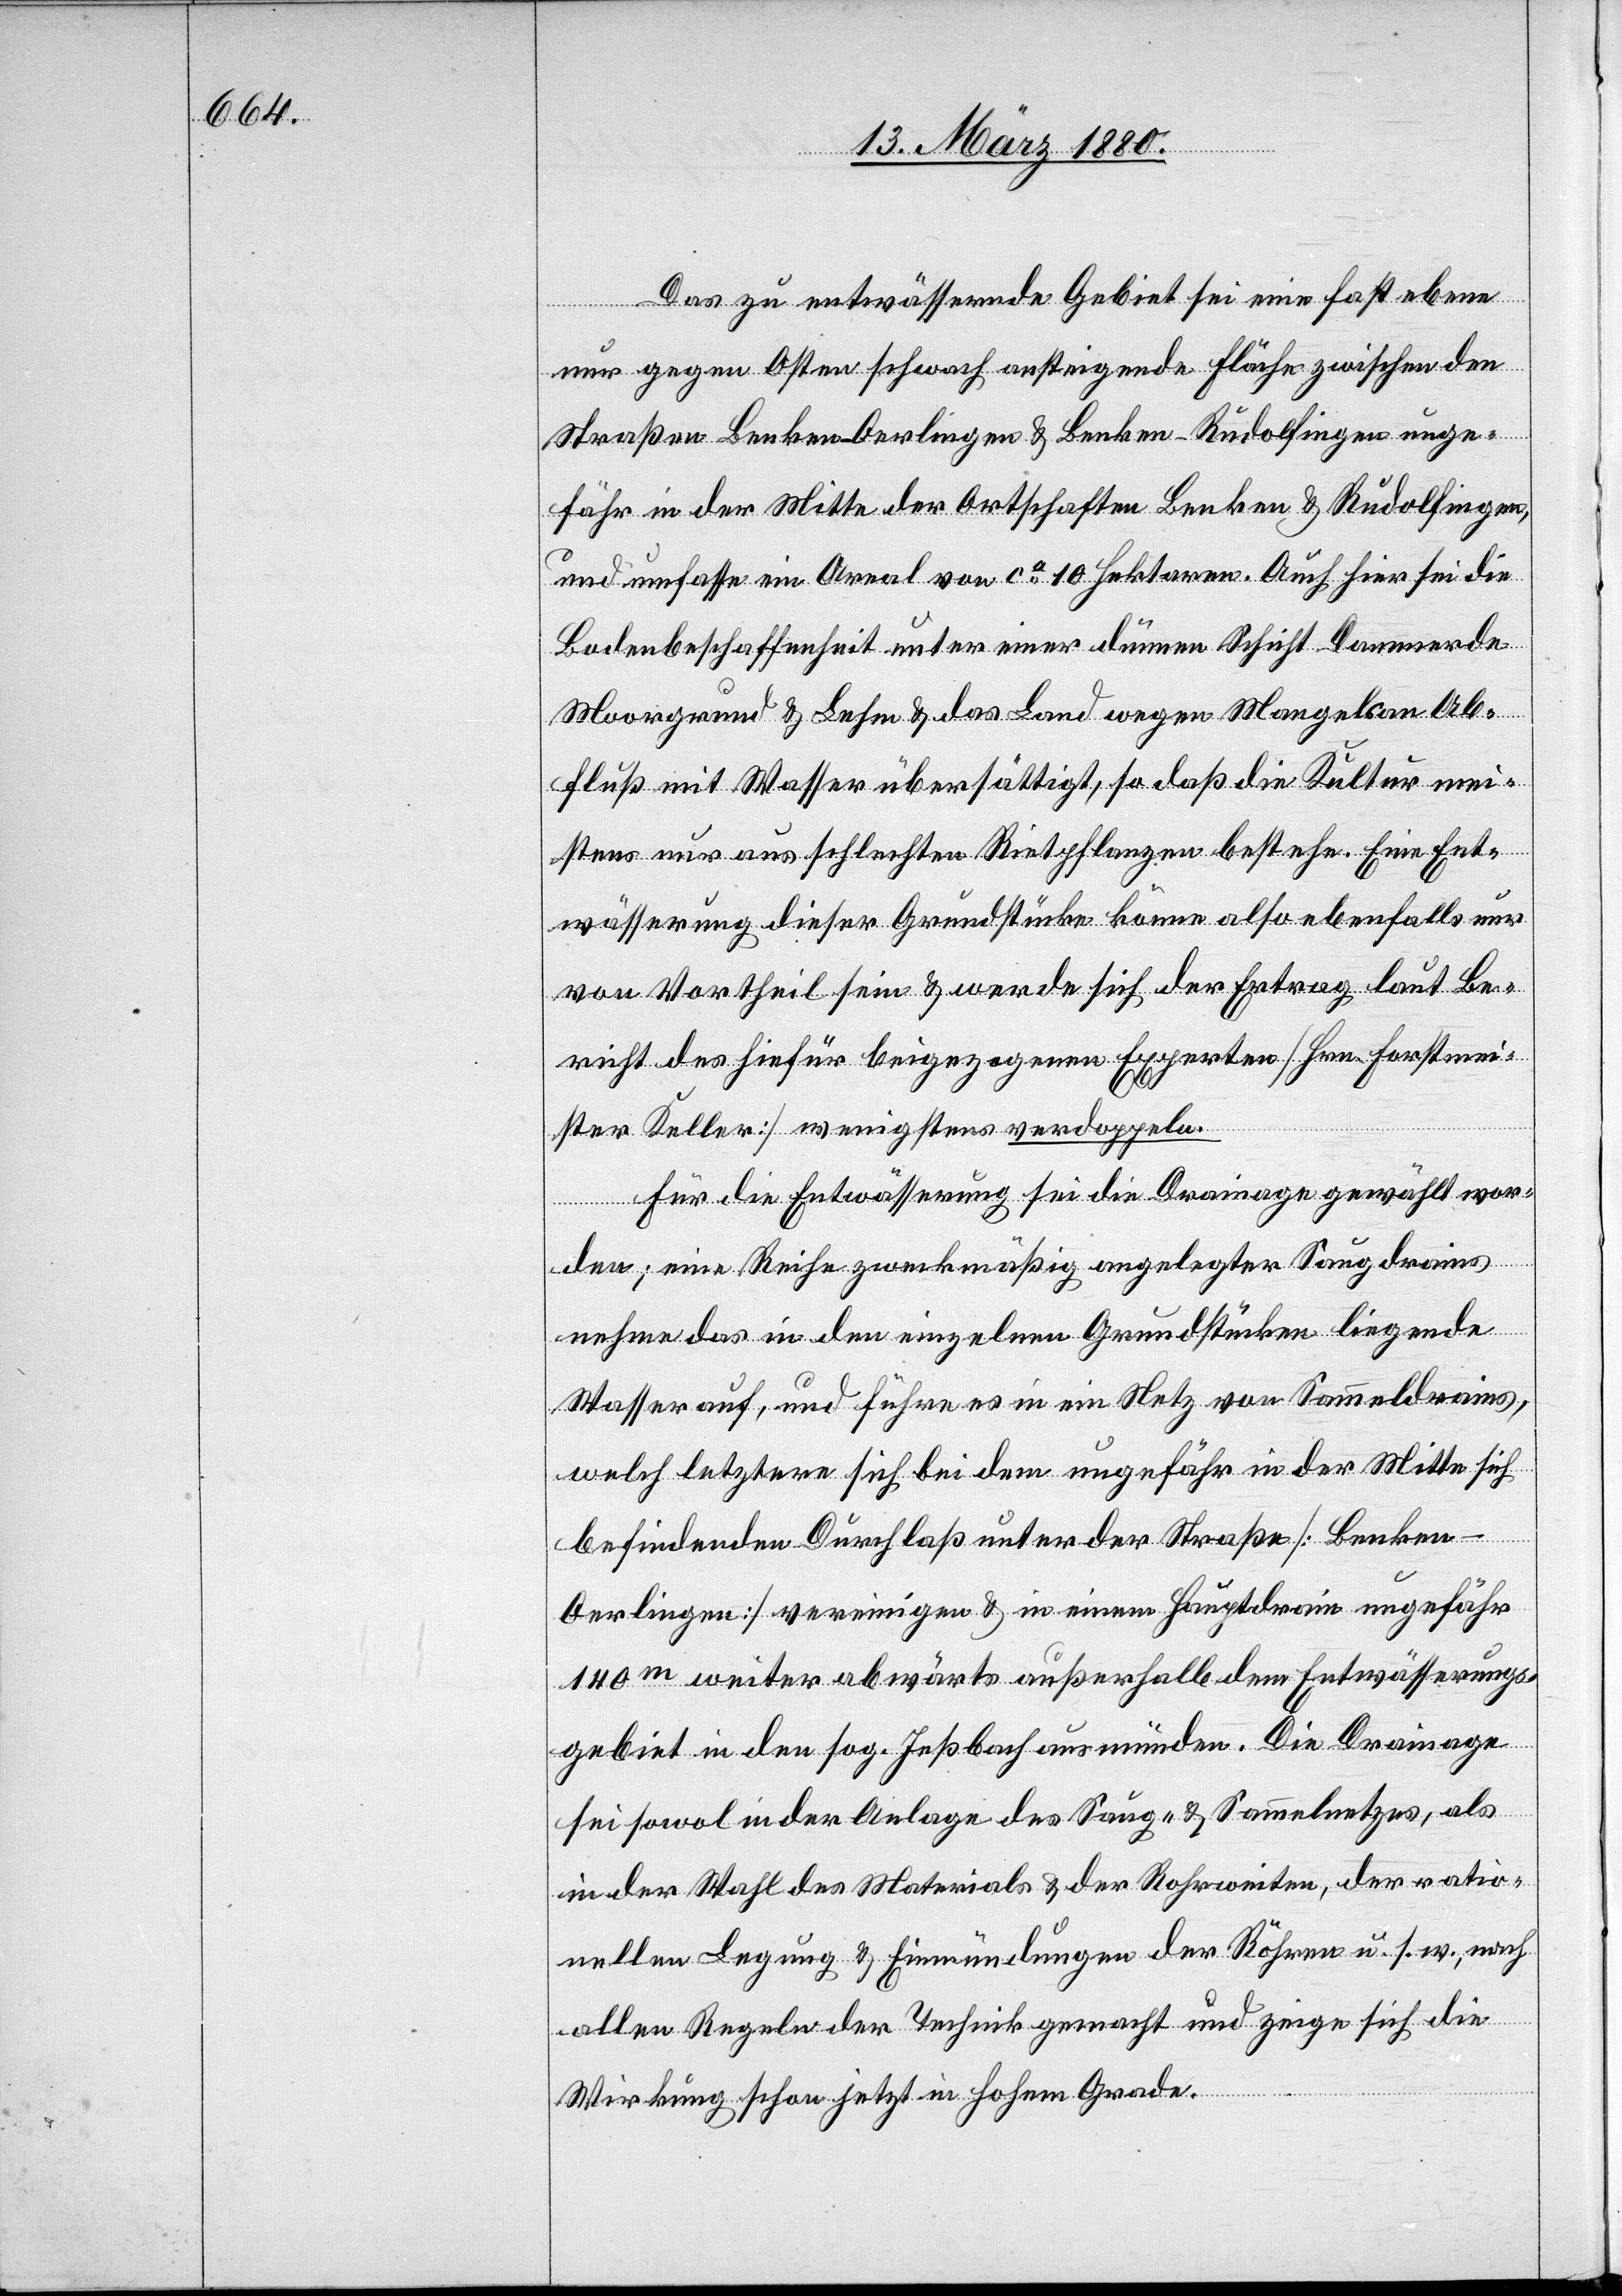
Das zu entwässernde Gebiet sei eine fast ebene
nur gegen Osten schwach ansteigende Fläche zwischen
Straßen Benken-Oerlingen & Benken-Rudolfingen unge¬
fähr in der Mitte der Ortschaften Benken & Rudolfingen,
und umfasse ein Areal von ca 10 Hektaren. Auch hier sei die
Bodenbeschaffenheit unter einer dünnen Schicht Dammerde
Moorgrund & Lehm & das Land wegen Mangels an Ab¬
fluß mit Wasser übersättigt, so daß die Kultur mei¬
stens nur aus schlechten Riethpflanzen bestehe. Eine Ent¬
wässerung dieser Grundstücke könne also ebenfalls nur
von Vortheil sein & werde sich der Ertrag laut Be¬
richt des hiefür beigezogenen Experten [Hrn. Forstmei¬
ster Keller] wenigstens verdoppeln.
Für die Entwässerung sei die Drainage gewählt wor¬
den; eine Reihe zweckmäßig angelegter Saugdrains
nehme das in den einzelnen Grundstücken liegende
Wasser auf, und führe es in ein Netz von Sammeldrains,
welch letztere sich bei dem ungefähr in der Mitte sich
befindenden Durchlaß unter der Straße [Benken–O¬
erlingen] vereinigen & in einem Hauptdrain ungefähr
140m weiter abwärts außerhalb dem Entwässerungs¬
gebiet in den sog. Jeßhof ausmünden. Die Drainage
sei sowol in der Anlage des Saug- & Sammelnetzes, als
in der Wahl des Materials & der Rohrweiten, der ratio¬
nellen Legung & Einmündungen der Röhren u. s. w., nach
allen Regeln der Technik gemacht und zeige sich die
Wirkung schon jetzt in hohem Grade.